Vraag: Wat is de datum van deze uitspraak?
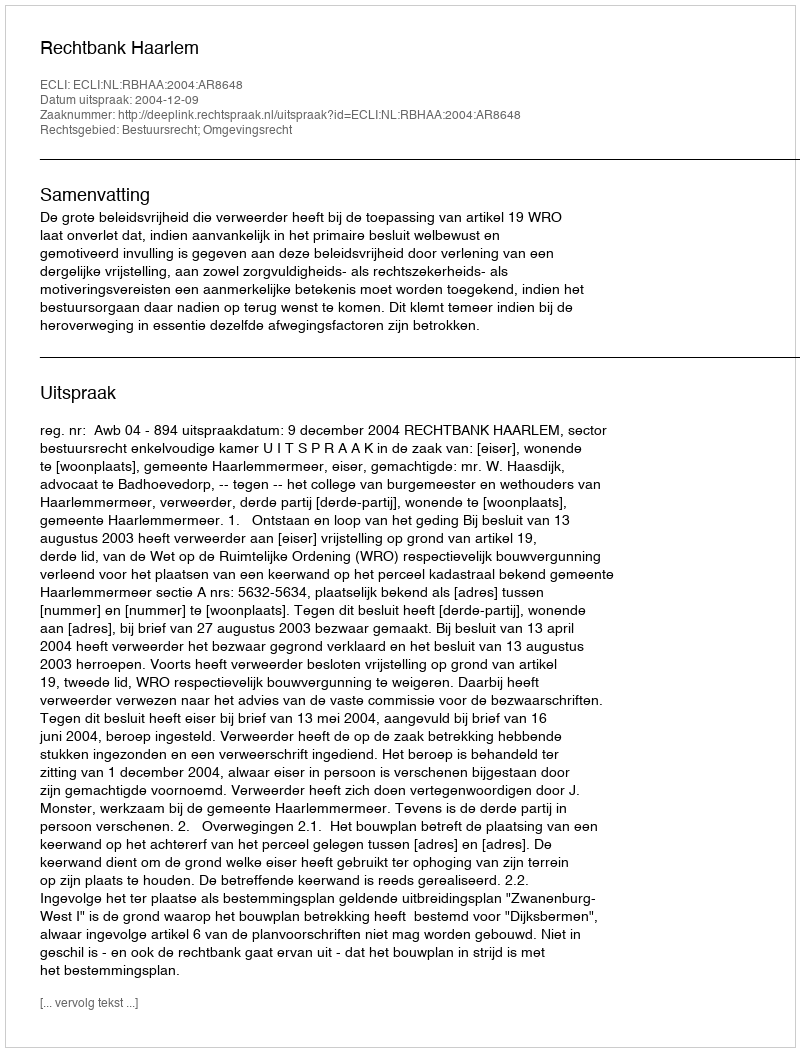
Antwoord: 2004-12-09